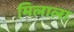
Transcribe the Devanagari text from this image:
मिलाला